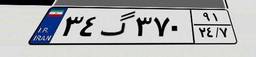
۳۴گ۳۷۰۹۱